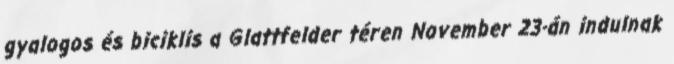
gyalogos és biciklis a Glattfelder téren November 23-án indulnak